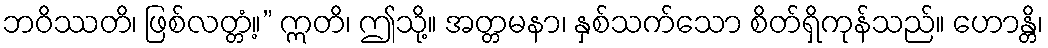
ဘဝိဿတိ၊ ဖြစ်လတ္တံ့။” ဣတိ၊ ဤသို့။ အတ္တမနာ၊ နှစ်သက်သော စိတ်ရှိကုန်သည်။ ဟောန္တိ၊